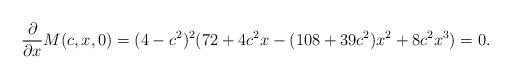
LaTeX: \begin{align*} \frac{\partial}{\partial x} M(c,x,0)=(4-c^2)^2(72+4c^2x-(108+39c^2)x^2+8c^2x^3)=0.\end{align*}